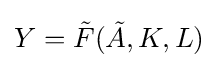
Y={\tilde {F}}({\tilde {A}},K,L)